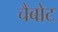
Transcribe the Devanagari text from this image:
चैबोट